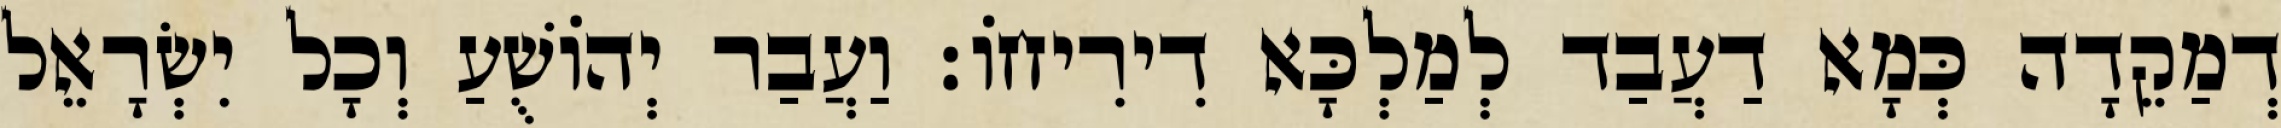
דְמַקֵדָה כְּמָא דַעֲבַד לְמַלְכָּא דִירִיחוֹ׃ וַעֲבַר יְהוֹשֻׁעַ וְכָל יִשְׂרָאֵל